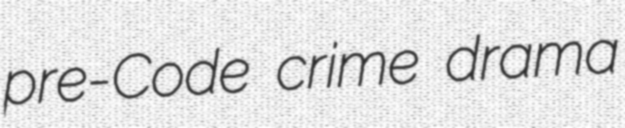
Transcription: pre-Code crime drama